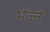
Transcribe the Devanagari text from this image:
भेंज्ते